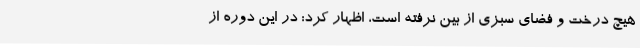
هیچ درخت و فضای سبزی از بین نرفته است، اظهار کرد: در این دوره از